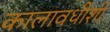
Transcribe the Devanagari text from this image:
कालावधीशी